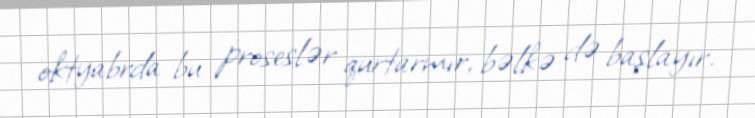
oktyabrda bu proseslər qurtarmır, bəlkə də başlayır.